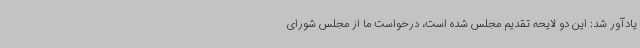
یادآور شد: این دو لایحه تقدیم مجلس شده است، درخواست ما از مجلس شورای